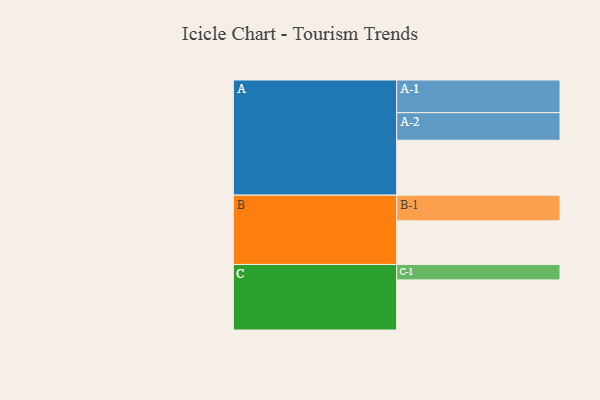
{"axis": {"x": "Segment", "y": "Value"}, "legend": ["", "A", "B", "C"], "data": [{"x": "A", "y": 466, "type": ""}, {"x": "B", "y": 370, "type": ""}, {"x": "C", "y": 425, "type": ""}, {"x": "A-1", "y": 277, "type": "A"}, {"x": "A-2", "y": 234, "type": "A"}, {"x": "B-1", "y": 218, "type": "B"}, {"x": "C-1", "y": 131, "type": "C"}]}